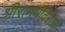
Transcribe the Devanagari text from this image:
श्रीराममंदिराची